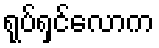
ရုပ်ရှင်လောက